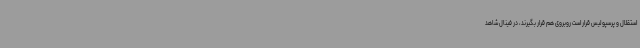
استقلال و پرسپولیس قرار است روبروی هم قرار بگیرند،‌ در فینال شاهد